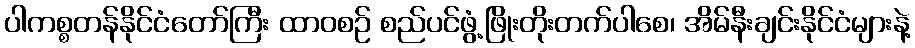
ပါကစ္စတန်နိုင်ငံတော်ကြီး ထာဝစဉ် စည်ပင်ဖွံ့ဖြိုးတိုးတက်ပါစေ၊ အိမ်နီးချင်းနိုင်ငံများနဲ့